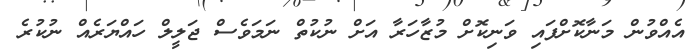
އެއްވުން މަނާކޮށްފައި ވަނިކޮށް މުޒާހަރާ އަށް ނުކުތް ނަމަވެސް ޖަލީލް ހައްޔަރެއް ނުކުރެ